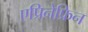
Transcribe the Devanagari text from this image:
एप्रिनेफ्रिन